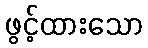
ဖွင့်ထားသော